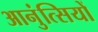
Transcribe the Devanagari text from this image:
आनुंत्सियों